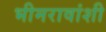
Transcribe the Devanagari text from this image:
भीमरावांशी